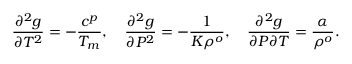
\frac { \partial ^ { 2 } g } { \partial T ^ { 2 } } = - \frac { c ^ { p } } { T _ { m } } , \quad \frac { \partial ^ { 2 } g } { \partial P ^ { 2 } } = - \frac { 1 } { K \rho ^ { o } } , \quad \frac { \partial ^ { 2 } g } { \partial P \partial T } = \frac { \alpha } { \rho ^ { o } } .